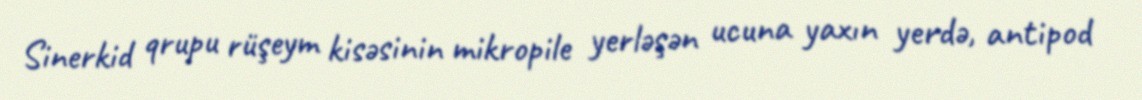
Sinerkid qrupu rüşeym kisəsinin mikropile yerləşən ucuna yaxın yerdə, antipod